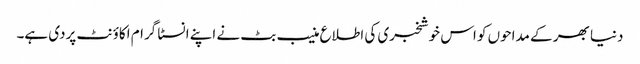
دنیا بھر کے مداحوں کو اس خوشخبری کی اطلاع منیب بٹ نے اپنے انسٹا گرام اکاؤنٹ پردی ہے۔